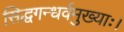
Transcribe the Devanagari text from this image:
सिद्धगन्धर्वमुख्याः।